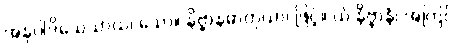
အနုပါဒိသေသာယ၊ သော။ နိဗ္ဗာနဓာတုယာ၊ ဖြင့်။ ယံ နိဗ္ဗာနံ၊ အကြင်